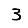
Digit: 3